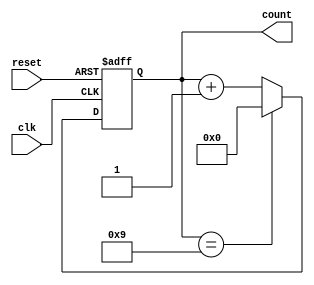
module BCD_Asynchronous_Counter (
    input wire clk,          // Clock input
    input wire reset,        // Asynchronous reset
    output reg [3:0] count   // 4-bit output representing the count in BCD format
);

    // Always block to handle the behavior of the counter
    always @(posedge clk or posedge reset) begin
        if (reset) begin
            count <= 4'b0000; // Reset the counter to 0 on reset signal
        end else begin
            if (count == 4'b1001) begin
                count <= 4'b0000; // Reset to 0 if count reaches 10
            end else begin
                count <= count + 1; // Increment the counter
            end
        end
    end

endmodule